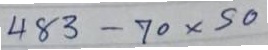
483 - 70x50